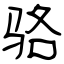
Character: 骆